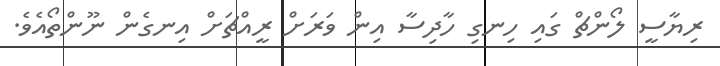
ރިޔާސީ ލޯންޗް ގައި ހިނގި ހާދިސާ އިން ވަރަށް ރީއްޗަށް އިނގެން ނޫންތޯއެވެ.